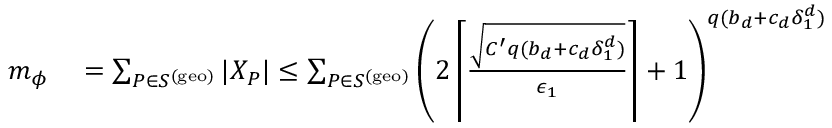
\begin{array} { r l } { m _ { \phi } } & { { } = \sum _ { P \in S ^ { \mathrm { ( g e o ) } } } | X _ { P } | \leq \sum _ { P \in S ^ { \mathrm { ( g e o ) } } } \left( 2 \left\lceil \frac { \sqrt { C ^ { \prime } q ( b _ { d } + c _ { d } \delta _ { 1 } ^ { d } ) } } { \epsilon _ { 1 } } \right\rceil + 1 \right) ^ { q ( b _ { d } + c _ { d } \delta _ { 1 } ^ { d } ) } } \end{array}